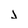
Character: j